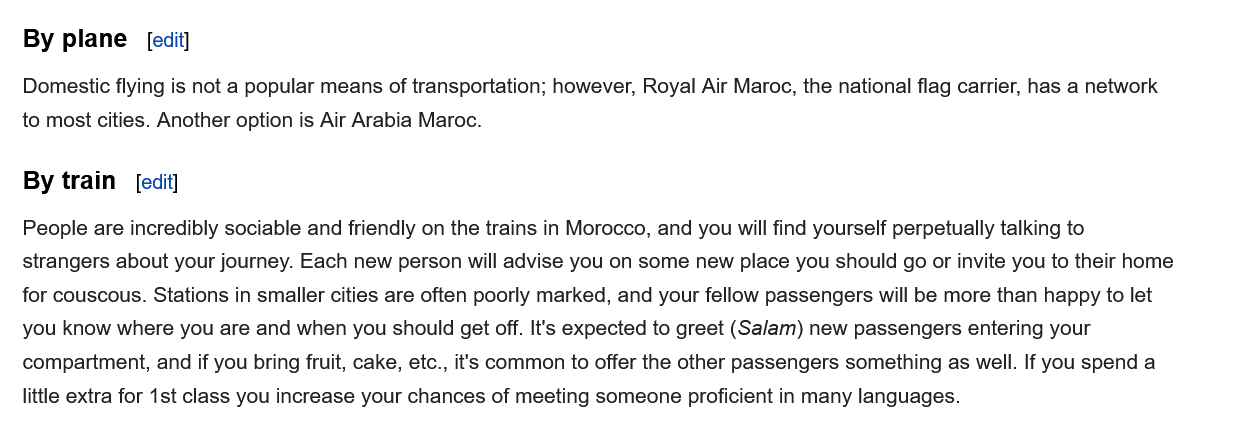
By plane
   Domestic flying is not a popular means of transportation; however, Royal Air Maroc, the national flag carrier, has a network
   to most cities. Another option is Air Arabia Maroc.
   By train
   People are incredibly sociable and friendly on the trains in Morocco, and you will find yourself perpetually talking to
   strangers about your journey. Each new person will advise you on some new place you should go or invite you to their home
   for couscous. Stations in smaller cities are often poorly marked, and your fellow passengers will be more than happy to let
   you know where you are and when you should get off. It's expected to greet (Salam) new passengers entering your
   compartment, and if you bring fruit, cake, etc., it's common to offer the other passengers something as well. If you spend a
   little extra for 1st class you increase your chances of meeting someone proficient in many languages.
     [edit]
     [edit]